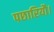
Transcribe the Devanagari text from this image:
पछारियौ।